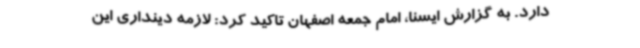
دارد. به گزارش ایسنا، امام جمعه اصفهان تاکید کرد: لازمه دینداری این